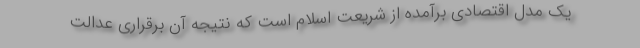
یک مدل اقتصادی برآمده از شریعت اسلام است که نتیجه آن برقراری عدالت